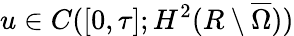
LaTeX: u\in C([0,\tau];H^{2}(R\setminus\overline{\Omega}))